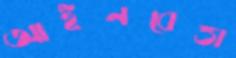
আইনবেত্তা